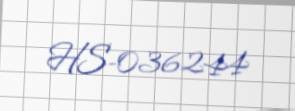
HS-036244